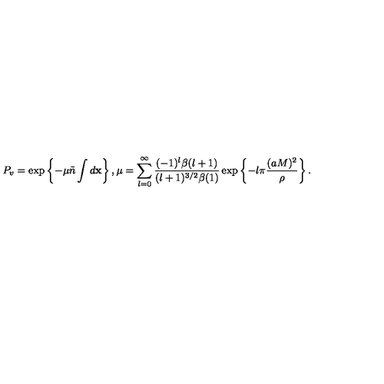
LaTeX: P _ { v } = \exp \left\{ - \mu \tilde { n } \int d { \bf x } \right\} , \mu = \sum _ { l = 0 } ^ { \infty } \frac { ( - 1 ) ^ { l } \beta ( l + 1 ) } { ( l + 1 ) ^ { 3 / 2 } \beta ( 1 ) } \exp \left\{ - l \pi \frac { ( a M ) ^ { 2 } } { \rho } \right\} .